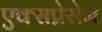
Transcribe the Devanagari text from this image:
एक्सप्रेसेन